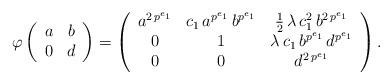
LaTeX: \begin{align*} \varphi\left(\begin{array}{c c} a & b \\ 0 & d \end{array}\right) & =\left(\begin{array}{c c c} a^{2 \, p^{e_1}} & c_1 \, a^{p^{e_1}} \, b^{p^{e_1}} & \frac{1}{2} \, \lambda \, c_1^2 \, b^{2 \, p^{e_1}} \\ 0 & 1 & \lambda \, c_1 \, b^{p^{e_1}} \, d^{p^{e_1}} \\ 0 & 0 & d^{2 \, p^{e_1}} \end{array} \right) . \end{align*}